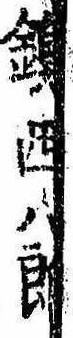
鎮西八郎